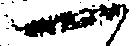
一